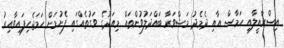
އިސްރާއީލާއި ހަމާސް އާއި ދެމެދު މަޝްވަރާ ބައްދަލުވުންތައް މިއަދުގެ ވަގުތެއްގައި ފެށުމަށް ހަމަޖެހިފައިވާއިރު